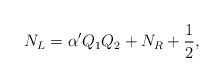
\begin{align*}N_L= \alpha^{\prime}Q_1Q_2+N_R+{1\over 2},\end{align*}